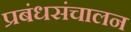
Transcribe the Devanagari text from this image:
प्रबंधसंचालन